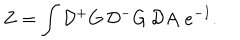
Z = \int { \cal D } { ^ + } G \, { \cal D } { ^ - } G \, { \cal D } A \, \, e ^ { - I } .